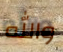
والله